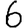
Digit: 6